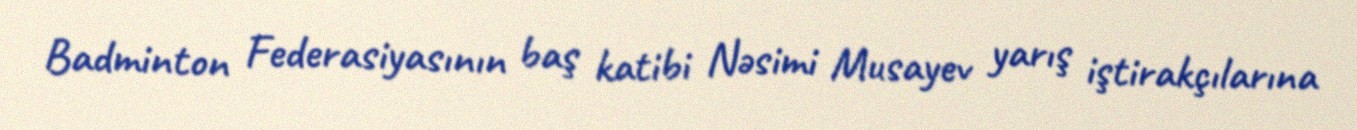
Badminton Federasiyasının baş katibi Nəsimi Musayev yarış iştirakçılarına